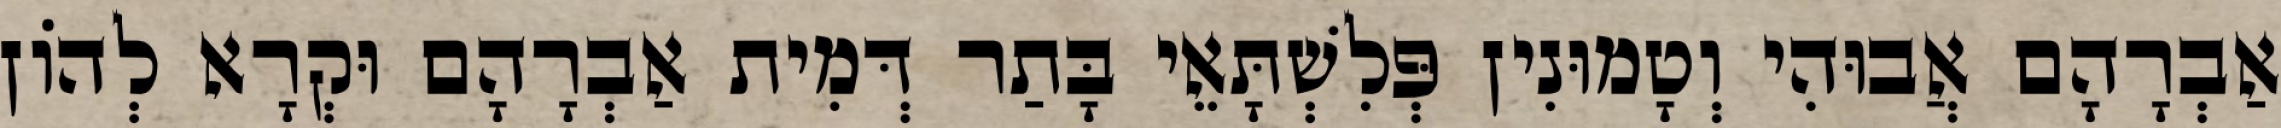
אַבְרָהָם אֲבוּהִי וְטָמוּנִין פְּלִשְׁתָּאֵי בָּתַר דְּמִית אַבְרָהָם וּקְרָא לְהוֹן